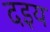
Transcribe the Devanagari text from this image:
दइय